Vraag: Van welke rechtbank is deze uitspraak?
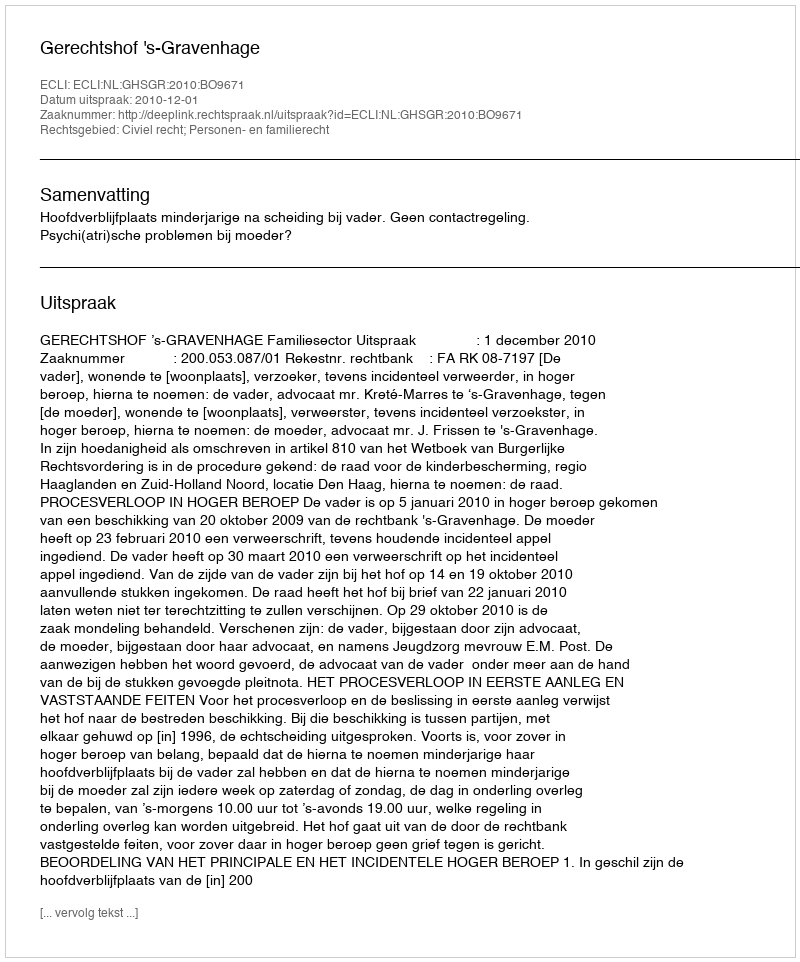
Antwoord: Gerechtshof 's-Gravenhage